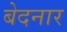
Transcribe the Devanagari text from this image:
बेदनार